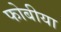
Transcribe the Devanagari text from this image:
फोबीया